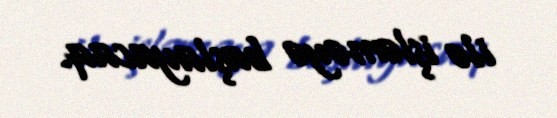
ilə işləməyə başlayacaq.